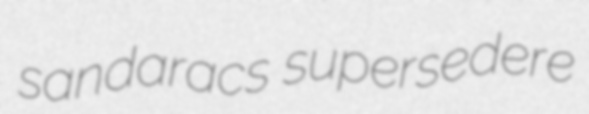
sandaracs supersedere